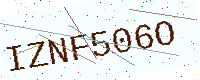
Text: IZNF506O